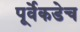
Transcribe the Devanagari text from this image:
पूर्वेकडेच